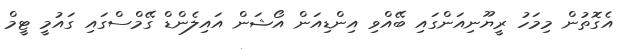
އެގޮތުން މިމަހު ރީޔޫނިއަންގައި ބޭއްވި އިންޑިއަން އޯޝަން އައިލެންޑް ގޭމްސްގައި ގައުމީ ޓީމް